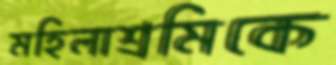
মহিলাশ্রমিকে